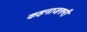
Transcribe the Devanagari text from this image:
कहनाजरुरी